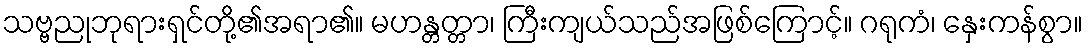
သဗ္ဗညုဘုရားရှင်တို့၏အရာ၏။ မဟန္တတ္တာ၊ ကြီးကျယ်သည်အဖြစ်ကြောင့်။ ဂရုကံ၊ နှေးကန်စွာ။